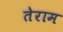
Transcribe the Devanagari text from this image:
तेराम